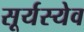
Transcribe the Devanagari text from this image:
सूर्यस्येव